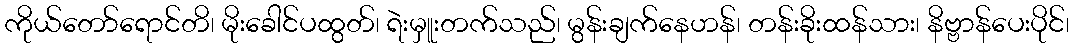
ကိုယ်တော်ရောင်တိ၊ မိုးခေါင်ပထွတ်၊ ရဲးမှူးတက်သည်၊ မွန်းချက်နေဟန်၊ တန်းခိုးထန်သား၊ နိဗ္ဗာန်ပေးပိုင်၊